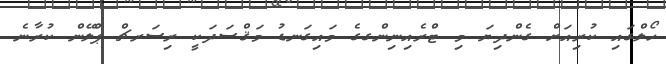
ހޯލްގައި ކުރިއަށް ގެންދިޔަ މި ޓްރެއިނިންގގެ މައިގަނޑު މަޤްސަދަކީ ރިސަރޗް ޕްލޭން ކުރާނެ